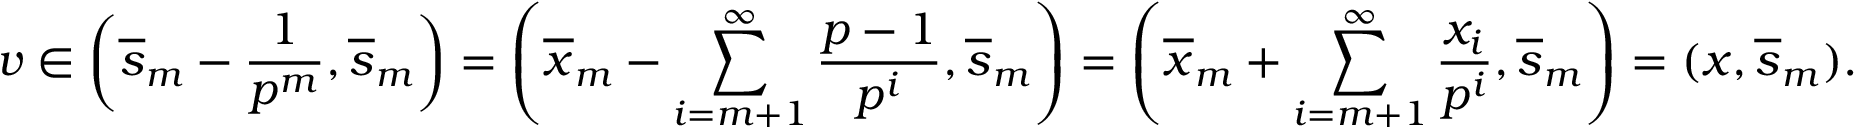
v \in \left( \overline { { s } } _ { m } - \frac { 1 } { p ^ { m } } , \overline { { s } } _ { m } \right) = \left( \overline { { x } } _ { m } - \sum _ { i = m + 1 } ^ { \infty } \frac { p - 1 } { p ^ { i } } , \overline { { s } } _ { m } \right) = \left( \overline { { x } } _ { m } + \sum _ { i = m + 1 } ^ { \infty } \frac { x _ { i } } { p ^ { i } } , \overline { { s } } _ { m } \right) = ( x , \overline { { s } } _ { m } ) .